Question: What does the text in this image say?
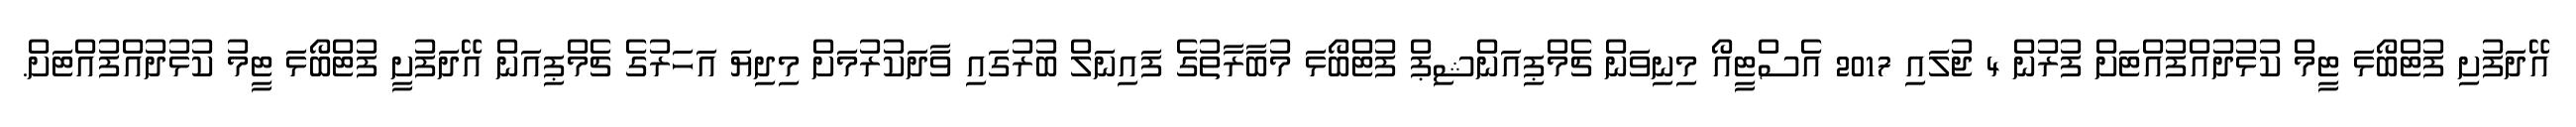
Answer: އޭދަފުށި ފުޓްބޯޅަ ޓީމް ކުޅުދުއްފުއްޓަށް ފުރުން 4 ޖުލައި 2017 އެސްޓީއޯ މިނިވަން ޗެމްޕިއަންޝިޕް ފުޓްބޯޅަ މުބާރާތުގެ ފައިނަލް ބުރުގައި ވާދަކުރުމަށް މިދިޔަ އަހަރުގެ ޗެމްޕިއަން އޭދަފުށީ ފުޓްބޯޅަ ޓީމު ކުޅުދުއްފުއްޓަށް.